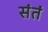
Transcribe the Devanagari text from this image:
संतं